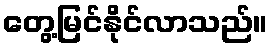
တွေ့မြင်နိုင်လာသည်။